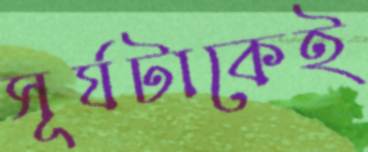
সূর্যটাকেই